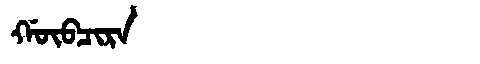
Manchu: ᡤᡡᠪᠴᡳᡵᠠ
Romanization: GŪBCIRA